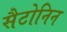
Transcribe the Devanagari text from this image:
सैटोनिन